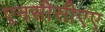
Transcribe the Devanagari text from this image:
एनसीसीएए